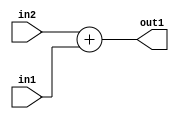
`timescale 1ps / 1ps
/*****************************************************************************
    Verilog RTL Description
    
    
    Created by: Stratus DpOpt 2019.1.01 
*******************************************************************************/

module ImageGradient_Add_8Ux8U_8U_1 (
	in2,
	in1,
	out1
	); /* architecture "behavioural" */ 
input [7:0] in2,
	in1;
output [7:0] out1;
wire [7:0] asc001;

assign asc001 = 
	+(in2)
	+(in1);

assign out1 = asc001;
endmodule

/* CADENCE  ubDwQws= : u9/ySgnWtBlWxVPRXgAZ4Og= ** DO NOT EDIT THIS LINE ******/